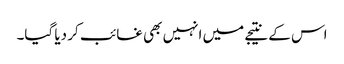
اس کے نتیجے میں انہیں بھی غائب کر دیا گیا۔